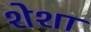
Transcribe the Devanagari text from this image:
शेशा